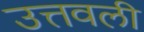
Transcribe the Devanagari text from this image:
उत्तवली